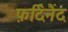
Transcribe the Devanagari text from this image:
फ़र्दिनैंद